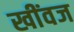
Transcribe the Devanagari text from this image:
खींवज